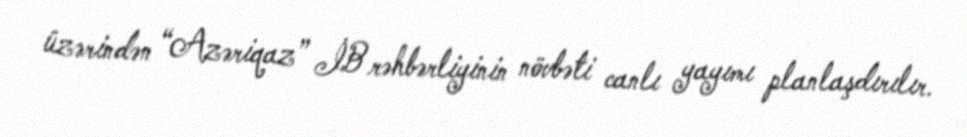
üzərindən “Azəriqaz” İB rəhbərliyinin növbəti canlı yayımı planlaşdırılır.